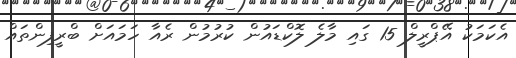
އެކަމަކު އޭޕްރީލް 15 ގައި މާލެ ލޮކްޑައުން ކުރުމުން ރެއާ ހަމައަށް ބްރީފިންތައް